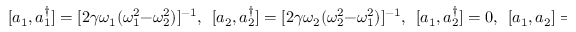
[ a _ { 1 } , a _ { 1 } ^ { \dagger } ] = [ 2 \gamma \omega _ { 1 } ( \omega _ { 1 } ^ { 2 } - \omega _ { 2 } ^ { 2 } ) ] ^ { - 1 } , ~ ~ [ a _ { 2 } , a _ { 2 } ^ { \dagger } ] = [ 2 \gamma \omega _ { 2 } ( \omega _ { 2 } ^ { 2 } - \omega _ { 1 } ^ { 2 } ) ] ^ { - 1 } , ~ ~ [ a _ { 1 } , a _ { 2 } ^ { \dagger } ] = 0 , ~ ~ [ a _ { 1 } , a _ { 2 } ] = 0 .